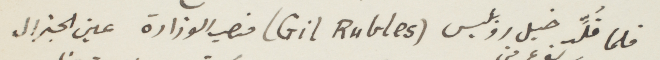
فلما قلّد خيل روبليس (Gil Rubles) فنصب الوزارة عين الجنرال